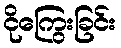
ငိုကြွေးခြင်း